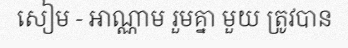
សៀម - អាណ្ណាម រួមគ្នា មួយ ត្រូវបាន